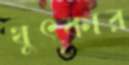
থুৎকার